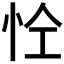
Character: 𢘐